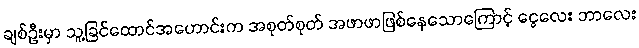
ချစ်ဦးမှာ သူ့ခြင်ထောင်အဟောင်းက အစုတ်စုတ် အဖာဖာဖြစ်နေသောကြောင့် ငွေလေး ဘာလေး